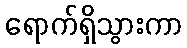
ရောက်ရှိသွားကာ